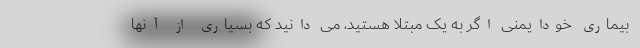
بیماری خودایمنی اگر به یک مبتلا هستید، می دانید که بسیاری از آنها